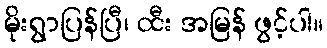
မိုးရွာပြန်ပြီ၊ ထီး အမြန် ဖွင့်ပါ။